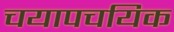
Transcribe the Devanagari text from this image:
चयापचयिक